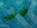
غاضبه